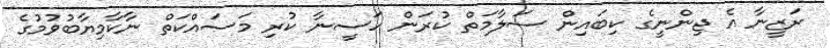
ރަޒީނާ އެ ޖިންނީގެ ކިބައިން ސަލާމަތް ކުރަން ހަސީނާ ކުރި މަސައްކަތް ނާކާމިޔާބުވުމުގެ